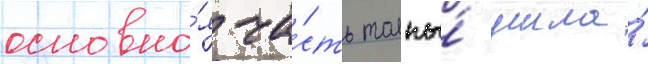
основна́я ча́сть толпы́ ушла́